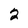
Character: 2